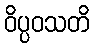
ဝိပ္ပဝသတိ